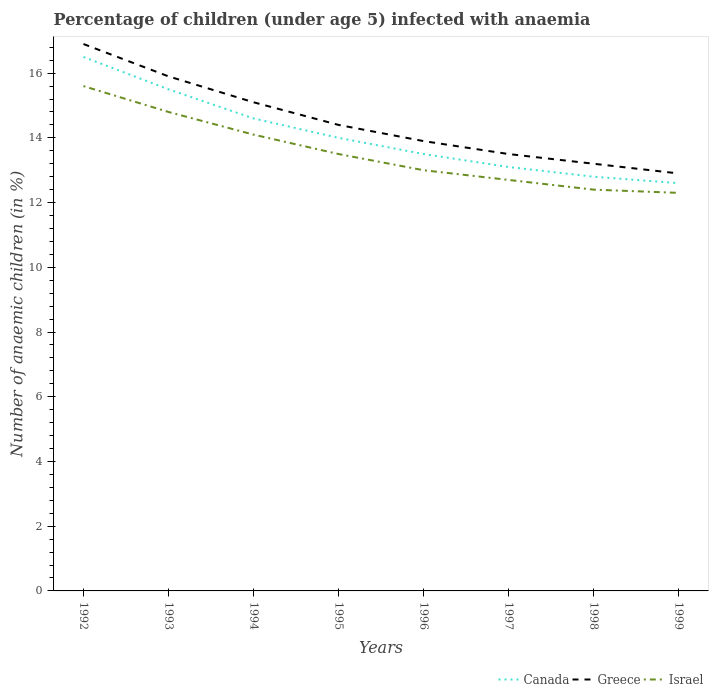
| Years | Canada | Greece | Israel |
 | --- | --- | --- | --- |
 | 1992 | 16.5 | 16.9 | 15.6 |
 | 1993 | 15.5 | 15.9 | 14.8 |
 | 1994 | 14.6 | 15.1 | 14.1 |
 | 1995 | 14 | 14.4 | 13.5 |
 | 1996 | 13.5 | 13.9 | 13 |
 | 1997 | 13.1 | 13.5 | 12.7 |
 | 1998 | 12.8 | 13.2 | 12.4 |
 | 1999 | 12.6 | 12.9 | 12.3 |